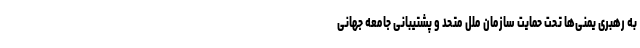
به رهبری یمنی‌ها تحت حمایت سازمان ملل متحد و پشتیبانی جامعه جهانی